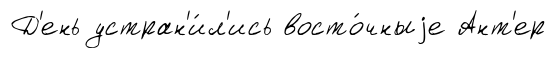
Д'ень устран'и́л'ись восто́чныjе Ант'ер